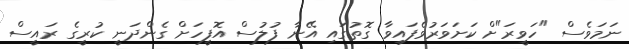
ނަމަވެސް "ހަވީރަ"ށް ކަށަވަރުވެފައިވާ ގޮތުގައި އޭނާ ފުލުސް އޮފީހަށް ގެންދަނީ ކުރީގެ ރައީސް